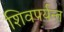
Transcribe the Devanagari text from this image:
शिवपर्यन्त